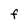
Character: F